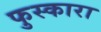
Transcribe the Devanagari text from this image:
फुस्कारा